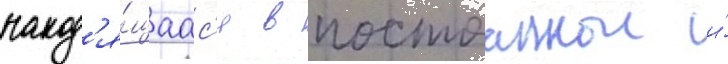
наход'я́щаас'я в постоаннои и́